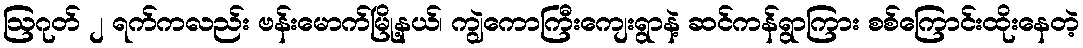
ဩဂုတ် ၂ ရက်ကလည်း ဗန်းမောက်မြို့နယ်၊ ကျွဲကောကြီးကျေးရွာနဲ့ ဆင်ကန်ရွာကြား စစ်ကြောင်းထိုးနေတဲ့